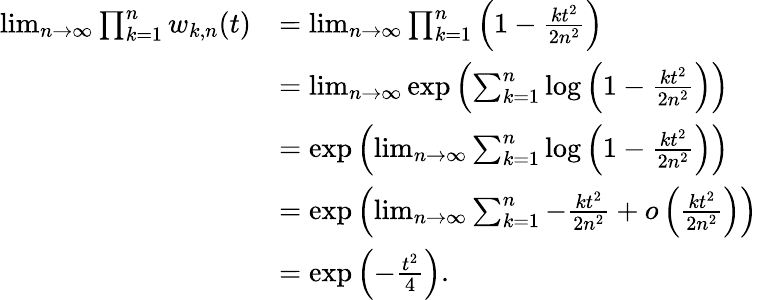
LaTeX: \begin{array}{rl}{\operatorname*{lim}_{n\to\infty}\prod_{k=1}^{n}w_{k,n}(t)}&{=\operatorname*{lim}_{n\to\infty}\prod_{k=1}^{n}\left(1-\frac{kt^{2}}{2n^{2}}\right)}\\ &{=\operatorname*{lim}_{n\to\infty}\exp\left(\sum_{k=1}^{n}\log\left(1-\frac{kt^{2}}{2n^{2}}\right)\right)}\\ &{=\exp\left(\operatorname*{lim}_{n\to\infty}\sum_{k=1}^{n}\log\left(1-\frac{kt^{2}}{2n^{2}}\right)\right)}\\ &{=\exp\left(\operatorname*{lim}_{n\to\infty}\sum_{k=1}^{n}-\frac{kt^{2}}{2n^{2}}+o\left(\frac{kt^{2}}{2n^{2}}\right)\right)}\\ &{=\exp\left(-\frac{t^{2}}{4}\right).}\end{array}